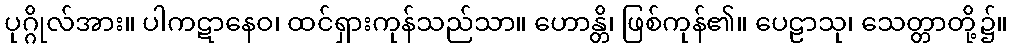
ပုဂ္ဂိုလ်အား။ ပါကဋာနေဝ၊ ထင်ရှားကုန်သည်သာ။ ဟောန္တိ၊ ဖြစ်ကုန်၏။ ပေဠာသု၊ သေတ္တာတို့၌။